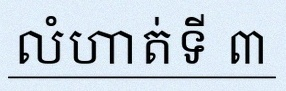
លំហាត់ទី ៣